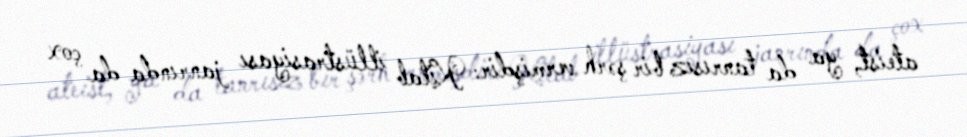
ateist, ya da tanrısız bir şərh vermişdir: Kitab illüstrasiyası janrında da çox